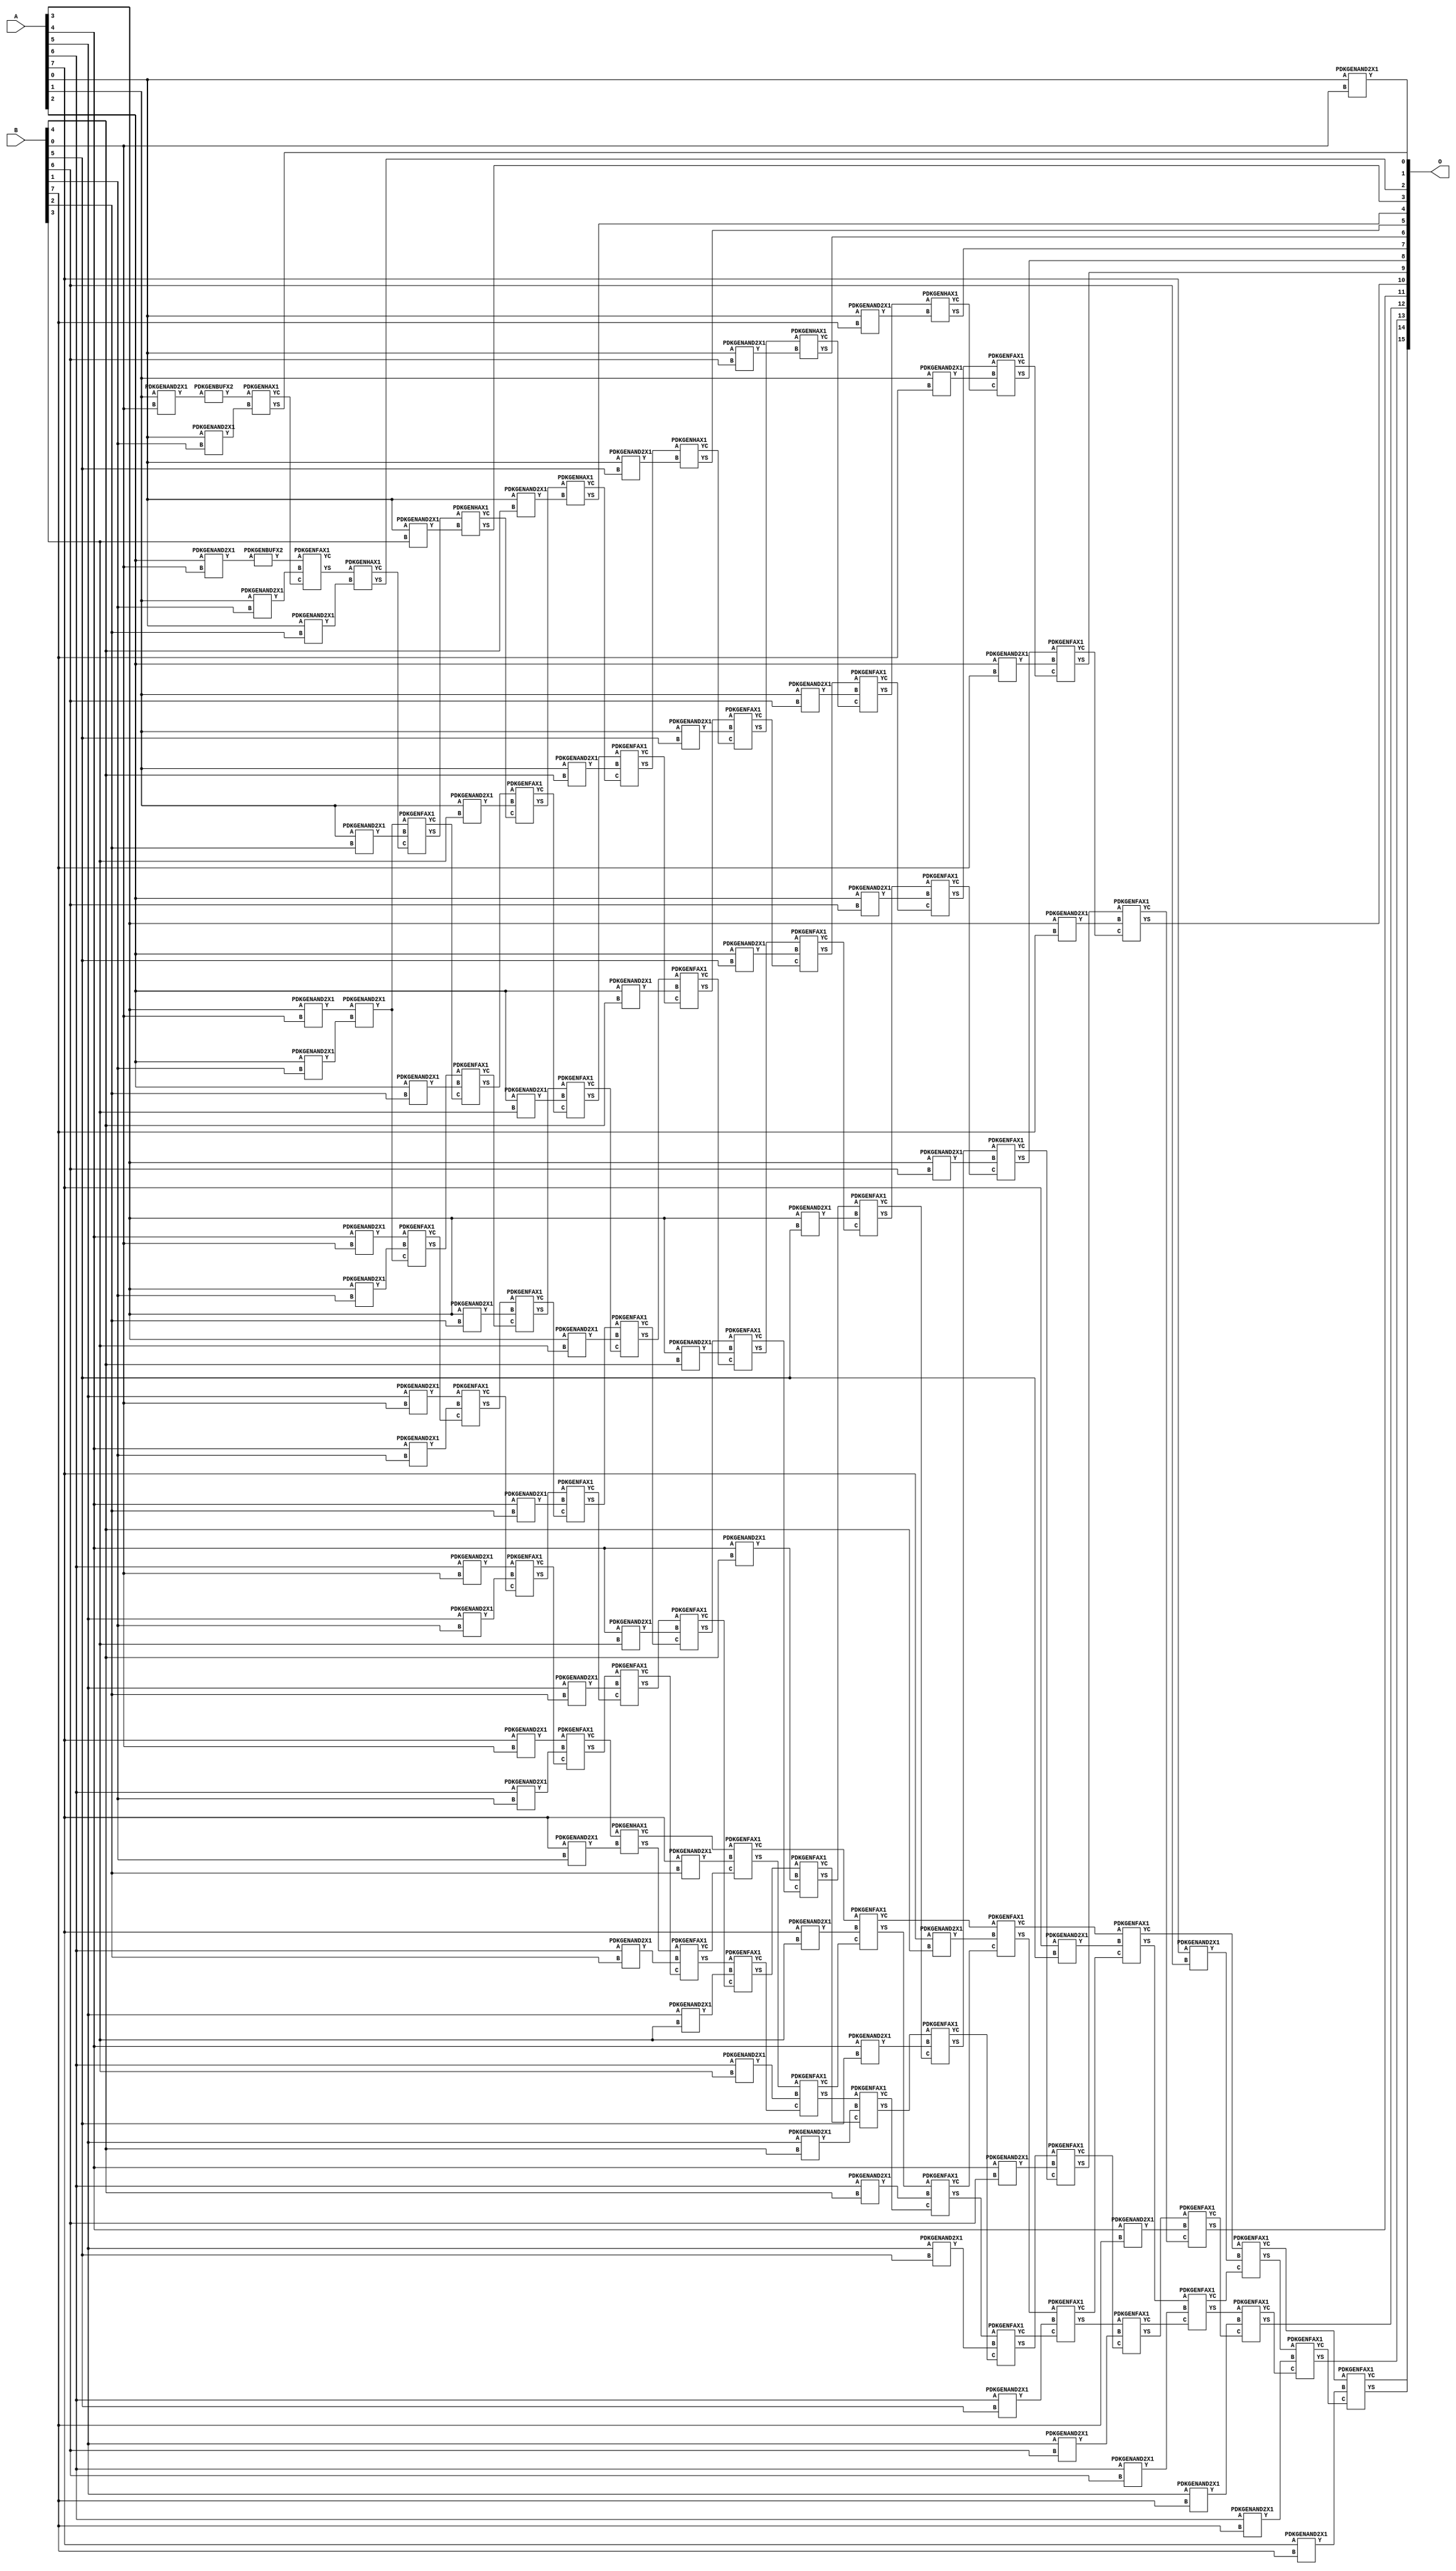
// Library = EvoApprox8b
// Circuit = mul8_414
// Area   (180) = 8408
// Delay  (180) = 5.050
// Power  (180) = 4398.60
// Area   (45) = 614
// Delay  (45) = 1.880
// Power  (45) = 383.20
// Nodes = 122
// HD = 48053
// MAE = 3.75000
// MSE = 36.00000
// MRE = 0.17 %
// WCE = 16
// WCRE = 100 %
// EP = 42.2 %

module mul8_414(A, B, O);
  input [7:0] A;
  input [7:0] B;
  output [15:0] O;
  wire [2031:0] N;

  assign N[0] = A[0];
  assign N[1] = A[0];
  assign N[2] = A[1];
  assign N[3] = A[1];
  assign N[4] = A[2];
  assign N[5] = A[2];
  assign N[6] = A[3];
  assign N[7] = A[3];
  assign N[8] = A[4];
  assign N[9] = A[4];
  assign N[10] = A[5];
  assign N[11] = A[5];
  assign N[12] = A[6];
  assign N[13] = A[6];
  assign N[14] = A[7];
  assign N[15] = A[7];
  assign N[16] = B[0];
  assign N[17] = B[0];
  assign N[18] = B[1];
  assign N[19] = B[1];
  assign N[20] = B[2];
  assign N[21] = B[2];
  assign N[22] = B[3];
  assign N[23] = B[3];
  assign N[24] = B[4];
  assign N[25] = B[4];
  assign N[26] = B[5];
  assign N[27] = B[5];
  assign N[28] = B[6];
  assign N[29] = B[6];
  assign N[30] = B[7];
  assign N[31] = B[7];

  PDKGENAND2X1 n32(.A(N[0]), .B(N[16]), .Y(N[32]));
  PDKGENAND2X1 n48(.A(N[2]), .B(N[16]), .Y(N[48]));
  assign N[49] = N[48];
  PDKGENAND2X1 n64(.A(N[4]), .B(N[16]), .Y(N[64]));
  assign N[65] = N[64];
  PDKGENAND2X1 n82(.A(N[6]), .B(N[16]), .Y(N[82]));
  PDKGENAND2X1 n98(.A(N[8]), .B(N[16]), .Y(N[98]));
  PDKGENAND2X1 n114(.A(N[10]), .B(N[16]), .Y(N[114]));
  PDKGENAND2X1 n132(.A(N[12]), .B(N[16]), .Y(N[132]));
  PDKGENBUFX2 n136(.A(N[65]), .Y(N[136]));
  assign N[137] = N[136];
  PDKGENAND2X1 n148(.A(N[14]), .B(N[16]), .Y(N[148]));
  PDKGENAND2X1 n164(.A(N[0]), .B(N[18]), .Y(N[164]));
  PDKGENBUFX2 n168(.A(N[49]), .Y(N[168]));
  assign N[169] = N[168];
  PDKGENAND2X1 n182(.A(N[2]), .B(N[18]), .Y(N[182]));
  PDKGENAND2X1 n198(.A(N[4]), .B(N[18]), .Y(N[198]));
  PDKGENAND2X1 n214(.A(N[6]), .B(N[18]), .Y(N[214]));
  PDKGENAND2X1 n232(.A(N[8]), .B(N[18]), .Y(N[232]));
  PDKGENAND2X1 n248(.A(N[10]), .B(N[18]), .Y(N[248]));
  PDKGENAND2X1 n264(.A(N[12]), .B(N[18]), .Y(N[264]));
  PDKGENAND2X1 n282(.A(N[14]), .B(N[18]), .Y(N[282]));
  PDKGENHAX1 n298(.A(N[169]), .B(N[164]), .YS(N[298]), .YC(N[299]));
  PDKGENFAX1 n314(.A(N[137]), .B(N[182]), .C(N[299]), .YS(N[314]), .YC(N[315]));
  PDKGENAND2X1 n332(.A(N[82]), .B(N[198]), .Y(N[332]));
  assign N[333] = N[332];
  PDKGENFAX1 n348(.A(N[98]), .B(N[214]), .C(N[333]), .YS(N[348]), .YC(N[349]));
  PDKGENFAX1 n364(.A(N[114]), .B(N[232]), .C(N[349]), .YS(N[364]), .YC(N[365]));
  PDKGENFAX1 n382(.A(N[132]), .B(N[248]), .C(N[365]), .YS(N[382]), .YC(N[383]));
  PDKGENFAX1 n398(.A(N[148]), .B(N[264]), .C(N[383]), .YS(N[398]), .YC(N[399]));
  PDKGENHAX1 n414(.A(N[399]), .B(N[282]), .YS(N[414]), .YC(N[415]));
  PDKGENAND2X1 n432(.A(N[0]), .B(N[20]), .Y(N[432]));
  PDKGENAND2X1 n448(.A(N[2]), .B(N[20]), .Y(N[448]));
  PDKGENAND2X1 n464(.A(N[4]), .B(N[20]), .Y(N[464]));
  PDKGENAND2X1 n482(.A(N[6]), .B(N[20]), .Y(N[482]));
  PDKGENAND2X1 n498(.A(N[8]), .B(N[20]), .Y(N[498]));
  PDKGENAND2X1 n514(.A(N[10]), .B(N[20]), .Y(N[514]));
  PDKGENAND2X1 n532(.A(N[12]), .B(N[20]), .Y(N[532]));
  PDKGENAND2X1 n548(.A(N[14]), .B(N[20]), .Y(N[548]));
  PDKGENHAX1 n564(.A(N[314]), .B(N[432]), .YS(N[564]), .YC(N[565]));
  PDKGENFAX1 n582(.A(N[332]), .B(N[448]), .C(N[565]), .YS(N[582]), .YC(N[583]));
  PDKGENFAX1 n598(.A(N[348]), .B(N[464]), .C(N[583]), .YS(N[598]), .YC(N[599]));
  PDKGENFAX1 n614(.A(N[364]), .B(N[482]), .C(N[599]), .YS(N[614]), .YC(N[615]));
  PDKGENFAX1 n632(.A(N[382]), .B(N[498]), .C(N[615]), .YS(N[632]), .YC(N[633]));
  PDKGENFAX1 n648(.A(N[398]), .B(N[514]), .C(N[633]), .YS(N[648]), .YC(N[649]));
  PDKGENFAX1 n664(.A(N[414]), .B(N[532]), .C(N[649]), .YS(N[664]), .YC(N[665]));
  PDKGENFAX1 n682(.A(N[415]), .B(N[548]), .C(N[665]), .YS(N[682]), .YC(N[683]));
  PDKGENAND2X1 n698(.A(N[0]), .B(N[22]), .Y(N[698]));
  PDKGENAND2X1 n714(.A(N[2]), .B(N[22]), .Y(N[714]));
  PDKGENAND2X1 n732(.A(N[4]), .B(N[22]), .Y(N[732]));
  PDKGENAND2X1 n748(.A(N[6]), .B(N[22]), .Y(N[748]));
  PDKGENAND2X1 n764(.A(N[8]), .B(N[22]), .Y(N[764]));
  PDKGENAND2X1 n782(.A(N[10]), .B(N[22]), .Y(N[782]));
  PDKGENAND2X1 n798(.A(N[12]), .B(N[22]), .Y(N[798]));
  PDKGENAND2X1 n814(.A(N[14]), .B(N[22]), .Y(N[814]));
  PDKGENHAX1 n832(.A(N[582]), .B(N[698]), .YS(N[832]), .YC(N[833]));
  PDKGENFAX1 n848(.A(N[598]), .B(N[714]), .C(N[833]), .YS(N[848]), .YC(N[849]));
  PDKGENFAX1 n864(.A(N[614]), .B(N[732]), .C(N[849]), .YS(N[864]), .YC(N[865]));
  PDKGENFAX1 n882(.A(N[632]), .B(N[748]), .C(N[865]), .YS(N[882]), .YC(N[883]));
  PDKGENFAX1 n898(.A(N[648]), .B(N[764]), .C(N[883]), .YS(N[898]), .YC(N[899]));
  PDKGENFAX1 n914(.A(N[664]), .B(N[782]), .C(N[899]), .YS(N[914]), .YC(N[915]));
  PDKGENFAX1 n932(.A(N[682]), .B(N[798]), .C(N[915]), .YS(N[932]), .YC(N[933]));
  PDKGENFAX1 n948(.A(N[683]), .B(N[814]), .C(N[933]), .YS(N[948]), .YC(N[949]));
  PDKGENAND2X1 n964(.A(N[0]), .B(N[24]), .Y(N[964]));
  PDKGENAND2X1 n982(.A(N[2]), .B(N[24]), .Y(N[982]));
  PDKGENAND2X1 n998(.A(N[4]), .B(N[24]), .Y(N[998]));
  PDKGENAND2X1 n1014(.A(N[6]), .B(N[24]), .Y(N[1014]));
  PDKGENAND2X1 n1032(.A(N[8]), .B(N[24]), .Y(N[1032]));
  PDKGENAND2X1 n1048(.A(N[10]), .B(N[24]), .Y(N[1048]));
  PDKGENAND2X1 n1064(.A(N[12]), .B(N[24]), .Y(N[1064]));
  PDKGENAND2X1 n1082(.A(N[14]), .B(N[24]), .Y(N[1082]));
  PDKGENHAX1 n1098(.A(N[848]), .B(N[964]), .YS(N[1098]), .YC(N[1099]));
  PDKGENFAX1 n1114(.A(N[864]), .B(N[982]), .C(N[1099]), .YS(N[1114]), .YC(N[1115]));
  PDKGENFAX1 n1132(.A(N[882]), .B(N[998]), .C(N[1115]), .YS(N[1132]), .YC(N[1133]));
  PDKGENFAX1 n1148(.A(N[898]), .B(N[1014]), .C(N[1133]), .YS(N[1148]), .YC(N[1149]));
  PDKGENFAX1 n1164(.A(N[914]), .B(N[1032]), .C(N[1149]), .YS(N[1164]), .YC(N[1165]));
  PDKGENFAX1 n1182(.A(N[932]), .B(N[1048]), .C(N[1165]), .YS(N[1182]), .YC(N[1183]));
  PDKGENFAX1 n1198(.A(N[948]), .B(N[1064]), .C(N[1183]), .YS(N[1198]), .YC(N[1199]));
  PDKGENFAX1 n1214(.A(N[949]), .B(N[1082]), .C(N[1199]), .YS(N[1214]), .YC(N[1215]));
  PDKGENAND2X1 n1232(.A(N[0]), .B(N[26]), .Y(N[1232]));
  PDKGENAND2X1 n1248(.A(N[2]), .B(N[26]), .Y(N[1248]));
  PDKGENAND2X1 n1264(.A(N[4]), .B(N[26]), .Y(N[1264]));
  PDKGENAND2X1 n1282(.A(N[6]), .B(N[26]), .Y(N[1282]));
  PDKGENAND2X1 n1298(.A(N[8]), .B(N[26]), .Y(N[1298]));
  PDKGENAND2X1 n1314(.A(N[10]), .B(N[26]), .Y(N[1314]));
  PDKGENAND2X1 n1332(.A(N[12]), .B(N[26]), .Y(N[1332]));
  PDKGENAND2X1 n1348(.A(N[14]), .B(N[26]), .Y(N[1348]));
  PDKGENHAX1 n1364(.A(N[1114]), .B(N[1232]), .YS(N[1364]), .YC(N[1365]));
  PDKGENFAX1 n1382(.A(N[1132]), .B(N[1248]), .C(N[1365]), .YS(N[1382]), .YC(N[1383]));
  PDKGENFAX1 n1398(.A(N[1148]), .B(N[1264]), .C(N[1383]), .YS(N[1398]), .YC(N[1399]));
  PDKGENFAX1 n1414(.A(N[1164]), .B(N[1282]), .C(N[1399]), .YS(N[1414]), .YC(N[1415]));
  PDKGENFAX1 n1432(.A(N[1182]), .B(N[1298]), .C(N[1415]), .YS(N[1432]), .YC(N[1433]));
  PDKGENFAX1 n1448(.A(N[1198]), .B(N[1314]), .C(N[1433]), .YS(N[1448]), .YC(N[1449]));
  PDKGENFAX1 n1464(.A(N[1214]), .B(N[1332]), .C(N[1449]), .YS(N[1464]), .YC(N[1465]));
  PDKGENFAX1 n1482(.A(N[1215]), .B(N[1348]), .C(N[1465]), .YS(N[1482]), .YC(N[1483]));
  PDKGENAND2X1 n1498(.A(N[0]), .B(N[28]), .Y(N[1498]));
  PDKGENAND2X1 n1514(.A(N[2]), .B(N[28]), .Y(N[1514]));
  PDKGENAND2X1 n1532(.A(N[4]), .B(N[28]), .Y(N[1532]));
  PDKGENAND2X1 n1548(.A(N[6]), .B(N[28]), .Y(N[1548]));
  PDKGENAND2X1 n1564(.A(N[8]), .B(N[28]), .Y(N[1564]));
  PDKGENAND2X1 n1582(.A(N[10]), .B(N[28]), .Y(N[1582]));
  PDKGENAND2X1 n1598(.A(N[12]), .B(N[28]), .Y(N[1598]));
  PDKGENAND2X1 n1614(.A(N[14]), .B(N[28]), .Y(N[1614]));
  PDKGENHAX1 n1632(.A(N[1382]), .B(N[1498]), .YS(N[1632]), .YC(N[1633]));
  PDKGENFAX1 n1648(.A(N[1398]), .B(N[1514]), .C(N[1633]), .YS(N[1648]), .YC(N[1649]));
  PDKGENFAX1 n1664(.A(N[1414]), .B(N[1532]), .C(N[1649]), .YS(N[1664]), .YC(N[1665]));
  PDKGENFAX1 n1682(.A(N[1432]), .B(N[1548]), .C(N[1665]), .YS(N[1682]), .YC(N[1683]));
  PDKGENFAX1 n1698(.A(N[1448]), .B(N[1564]), .C(N[1683]), .YS(N[1698]), .YC(N[1699]));
  PDKGENFAX1 n1714(.A(N[1464]), .B(N[1582]), .C(N[1699]), .YS(N[1714]), .YC(N[1715]));
  PDKGENFAX1 n1732(.A(N[1482]), .B(N[1598]), .C(N[1715]), .YS(N[1732]), .YC(N[1733]));
  PDKGENFAX1 n1748(.A(N[1483]), .B(N[1614]), .C(N[1733]), .YS(N[1748]), .YC(N[1749]));
  PDKGENAND2X1 n1764(.A(N[0]), .B(N[30]), .Y(N[1764]));
  PDKGENAND2X1 n1782(.A(N[2]), .B(N[30]), .Y(N[1782]));
  PDKGENAND2X1 n1798(.A(N[4]), .B(N[30]), .Y(N[1798]));
  PDKGENAND2X1 n1814(.A(N[6]), .B(N[30]), .Y(N[1814]));
  PDKGENAND2X1 n1832(.A(N[8]), .B(N[30]), .Y(N[1832]));
  PDKGENAND2X1 n1848(.A(N[10]), .B(N[30]), .Y(N[1848]));
  PDKGENAND2X1 n1864(.A(N[12]), .B(N[30]), .Y(N[1864]));
  PDKGENAND2X1 n1882(.A(N[14]), .B(N[30]), .Y(N[1882]));
  PDKGENHAX1 n1898(.A(N[1648]), .B(N[1764]), .YS(N[1898]), .YC(N[1899]));
  PDKGENFAX1 n1914(.A(N[1664]), .B(N[1782]), .C(N[1899]), .YS(N[1914]), .YC(N[1915]));
  PDKGENFAX1 n1932(.A(N[1682]), .B(N[1798]), .C(N[1915]), .YS(N[1932]), .YC(N[1933]));
  PDKGENFAX1 n1948(.A(N[1698]), .B(N[1814]), .C(N[1933]), .YS(N[1948]), .YC(N[1949]));
  PDKGENFAX1 n1964(.A(N[1714]), .B(N[1832]), .C(N[1949]), .YS(N[1964]), .YC(N[1965]));
  PDKGENFAX1 n1982(.A(N[1732]), .B(N[1848]), .C(N[1965]), .YS(N[1982]), .YC(N[1983]));
  PDKGENFAX1 n1998(.A(N[1748]), .B(N[1864]), .C(N[1983]), .YS(N[1998]), .YC(N[1999]));
  PDKGENFAX1 n2014(.A(N[1749]), .B(N[1882]), .C(N[1999]), .YS(N[2014]), .YC(N[2015]));

  assign O[0] = N[32];
  assign O[1] = N[298];
  assign O[2] = N[564];
  assign O[3] = N[832];
  assign O[4] = N[1098];
  assign O[5] = N[1364];
  assign O[6] = N[1632];
  assign O[7] = N[1898];
  assign O[8] = N[1914];
  assign O[9] = N[1932];
  assign O[10] = N[1948];
  assign O[11] = N[1964];
  assign O[12] = N[1982];
  assign O[13] = N[1998];
  assign O[14] = N[2014];
  assign O[15] = N[2015];

endmodule
/* mod */
module PDKGENHAX1( input A, input B, output YS, output YC );
    assign YS = A ^ B;
    assign YC = A & B;
endmodule
/* mod */
module PDKGENAND2X1(input A, input B, output Y );
     assign Y = A & B;
endmodule
/* mod */
module PDKGENFAX1( input A, input B, input C, output YS, output YC );
    assign YS = (A ^ B) ^ C;
    assign YC = (A & B) | (B & C) | (A & C);
endmodule
/* mod */
module PDKGENBUFX2(input A, output Y );
     assign Y = A;
endmodule